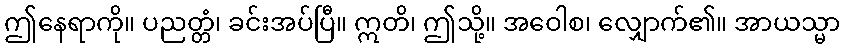
ဤနေရာကို။ ပညတ္တံ၊ ခင်းအပ်ပြီ။ ဣတိ၊ ဤသို့။ အဝေါစ၊ လျှောက်၏။ အာယသ္မာ